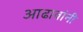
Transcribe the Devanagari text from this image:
आढावांनी